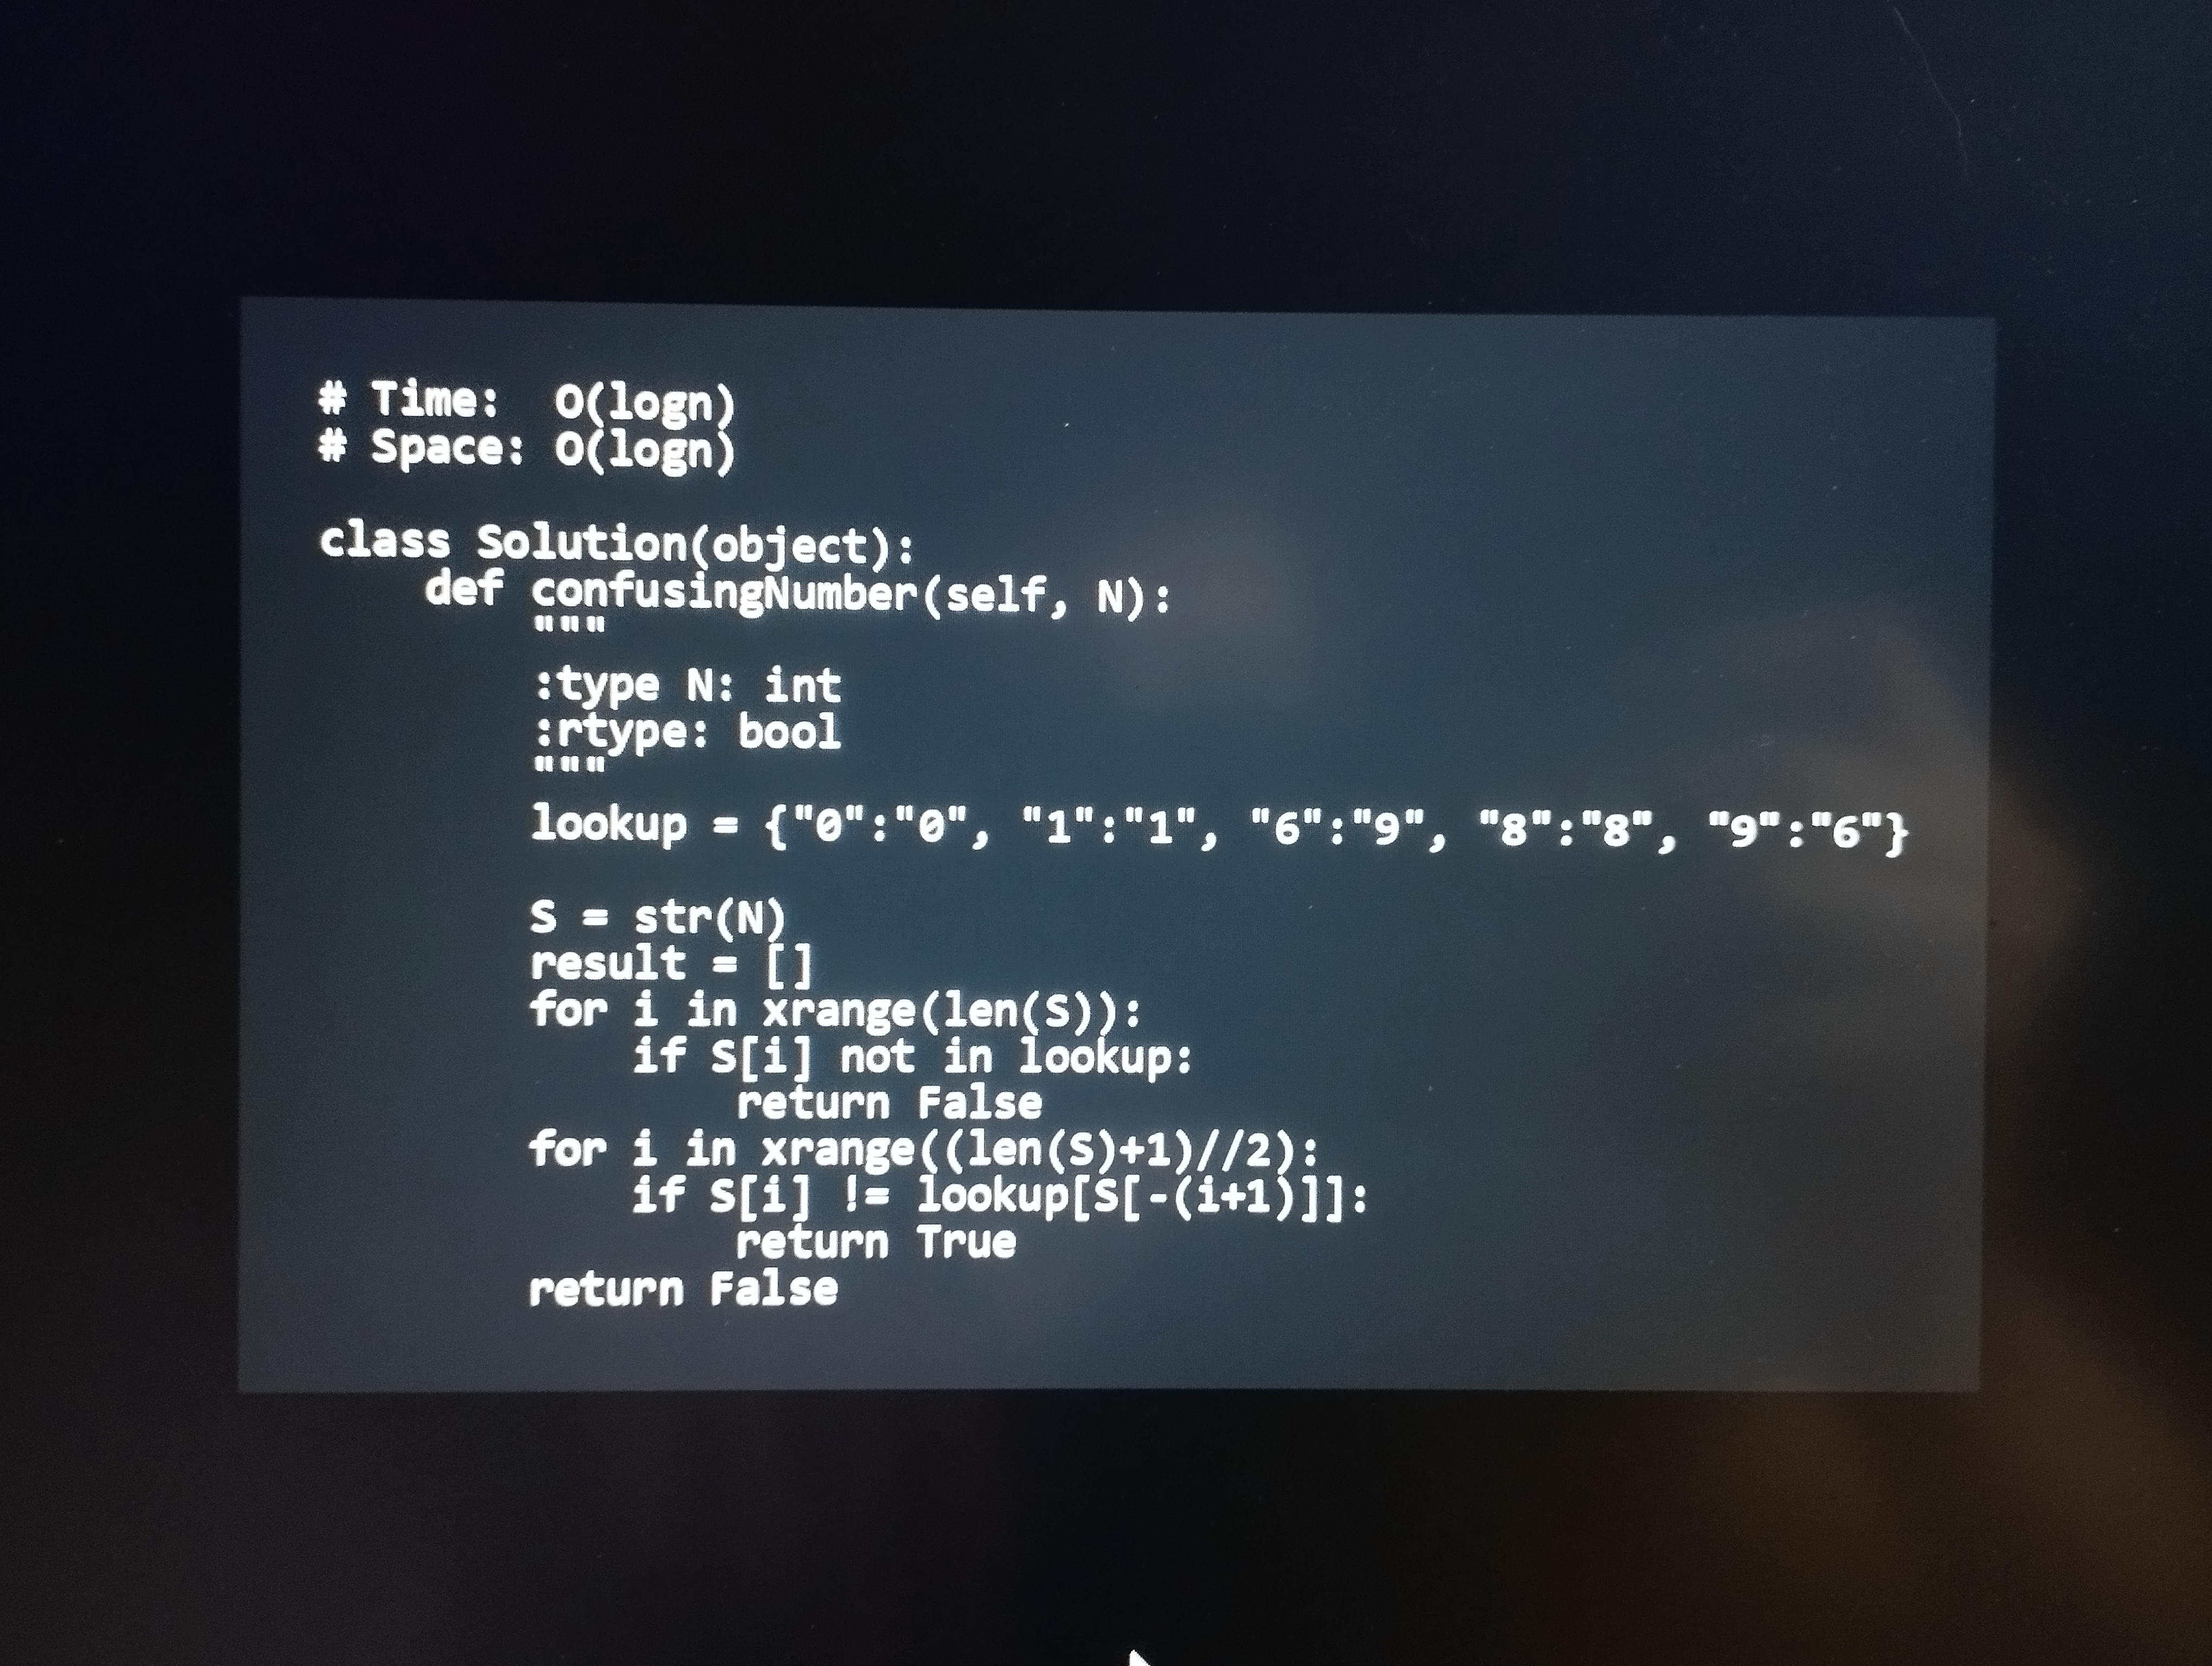
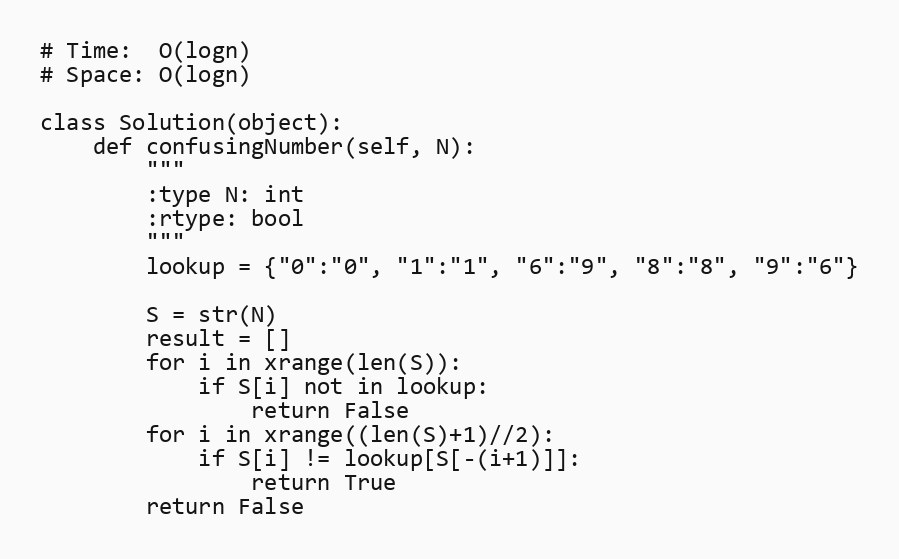
# Time:  O(logn)
# Space: O(logn)

class Solution(object):
    def confusingNumber(self, N):
        """
        :type N: int
        :rtype: bool
        """
        lookup = {"0":"0", "1":"1", "6":"9", "8":"8", "9":"6"}

        S = str(N)
        result = []
        for i in xrange(len(S)):
            if S[i] not in lookup:
                return False
        for i in xrange((len(S)+1)//2):
            if S[i] != lookup[S[-(i+1)]]:
                return True
        return False